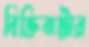
বিক্রিবাট্টার